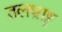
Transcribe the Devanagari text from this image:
तलभ्राष्ट्र